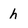
Character: h